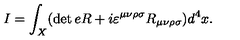
I = \int _ { X } ( \det e R + i \varepsilon ^ { \mu \nu \rho \sigma } R _ { \mu \nu \rho \sigma } ) d ^ { 4 } x .